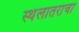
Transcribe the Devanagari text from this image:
स्थंलातराचा